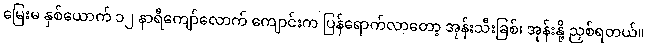
မြေးမ နှစ်ယောက် ၁၂ နာရီကျော်လောက် ကျောင်းက ပြန်ရောက်လာတော့ အုန်းသီးခြစ်၊ အုန်းနို့ ညှစ်ရတယ်။